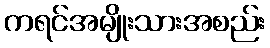
ကရင်အမျိုးသားအစည်း